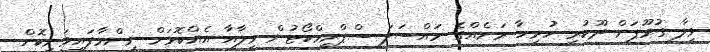
ވިލާ ގުރޫޕަށް ދޫކުރި ހުރިހާ ރަށެއްގެ މައްސަލަ ސްޕްރީމްކޯޓުން ވިލާއާ އެއްކޮޅަށް ނިންމާފައިވަނިކޮށް